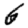
Digit: 6